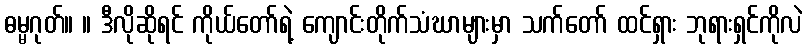
ဓမ္မဂုတ်။ ။ ဒီလိုဆိုရင် ကိုယ်တော်ရဲ့ ကျောင်းတိုက်သံဃာများမှာ သက်တော် ထင်ရှား ဘုရားရှင်ကိုလဲ